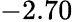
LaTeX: -2.70